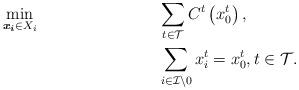
LaTeX: \begin{align*} & \min_{\boldsymbol{x_{i}} \in X_{i}} && \sum_{ t\in \mathcal{T}} C^{t}\left(x^{t}_{0}\right), \\ & && \sum_{ i\in \mathcal{I} \setminus 0} x^{t}_{i}=x^{t}_{0}, t \in \mathcal{T}. \end{align*}